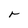
Character: r